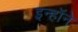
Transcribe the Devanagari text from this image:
इन्हॉने